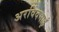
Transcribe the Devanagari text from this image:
अरविंदभाई